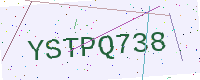
Text: YSTPQ738